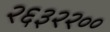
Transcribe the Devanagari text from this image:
२६३२२००